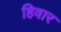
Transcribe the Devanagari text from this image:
हिवार